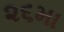
૨૬મા